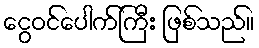
ငွေဝင်ပေါက်ကြီး ဖြစ်သည်။